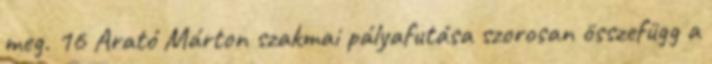
meg. 16 Arató Márton szakmai pályafutása szorosan összefügg a